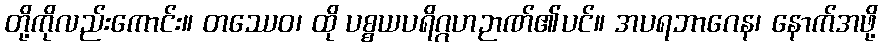
တို့ကိုလည်းကောင်း။ တဿေဝ၊ ထို ပစ္စယပရိဂ္ဂဟဉာဏ်၏ပင်။ အပရဘာဂေန၊ နောက်အဖို့